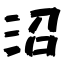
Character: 沼